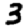
Digit: 3